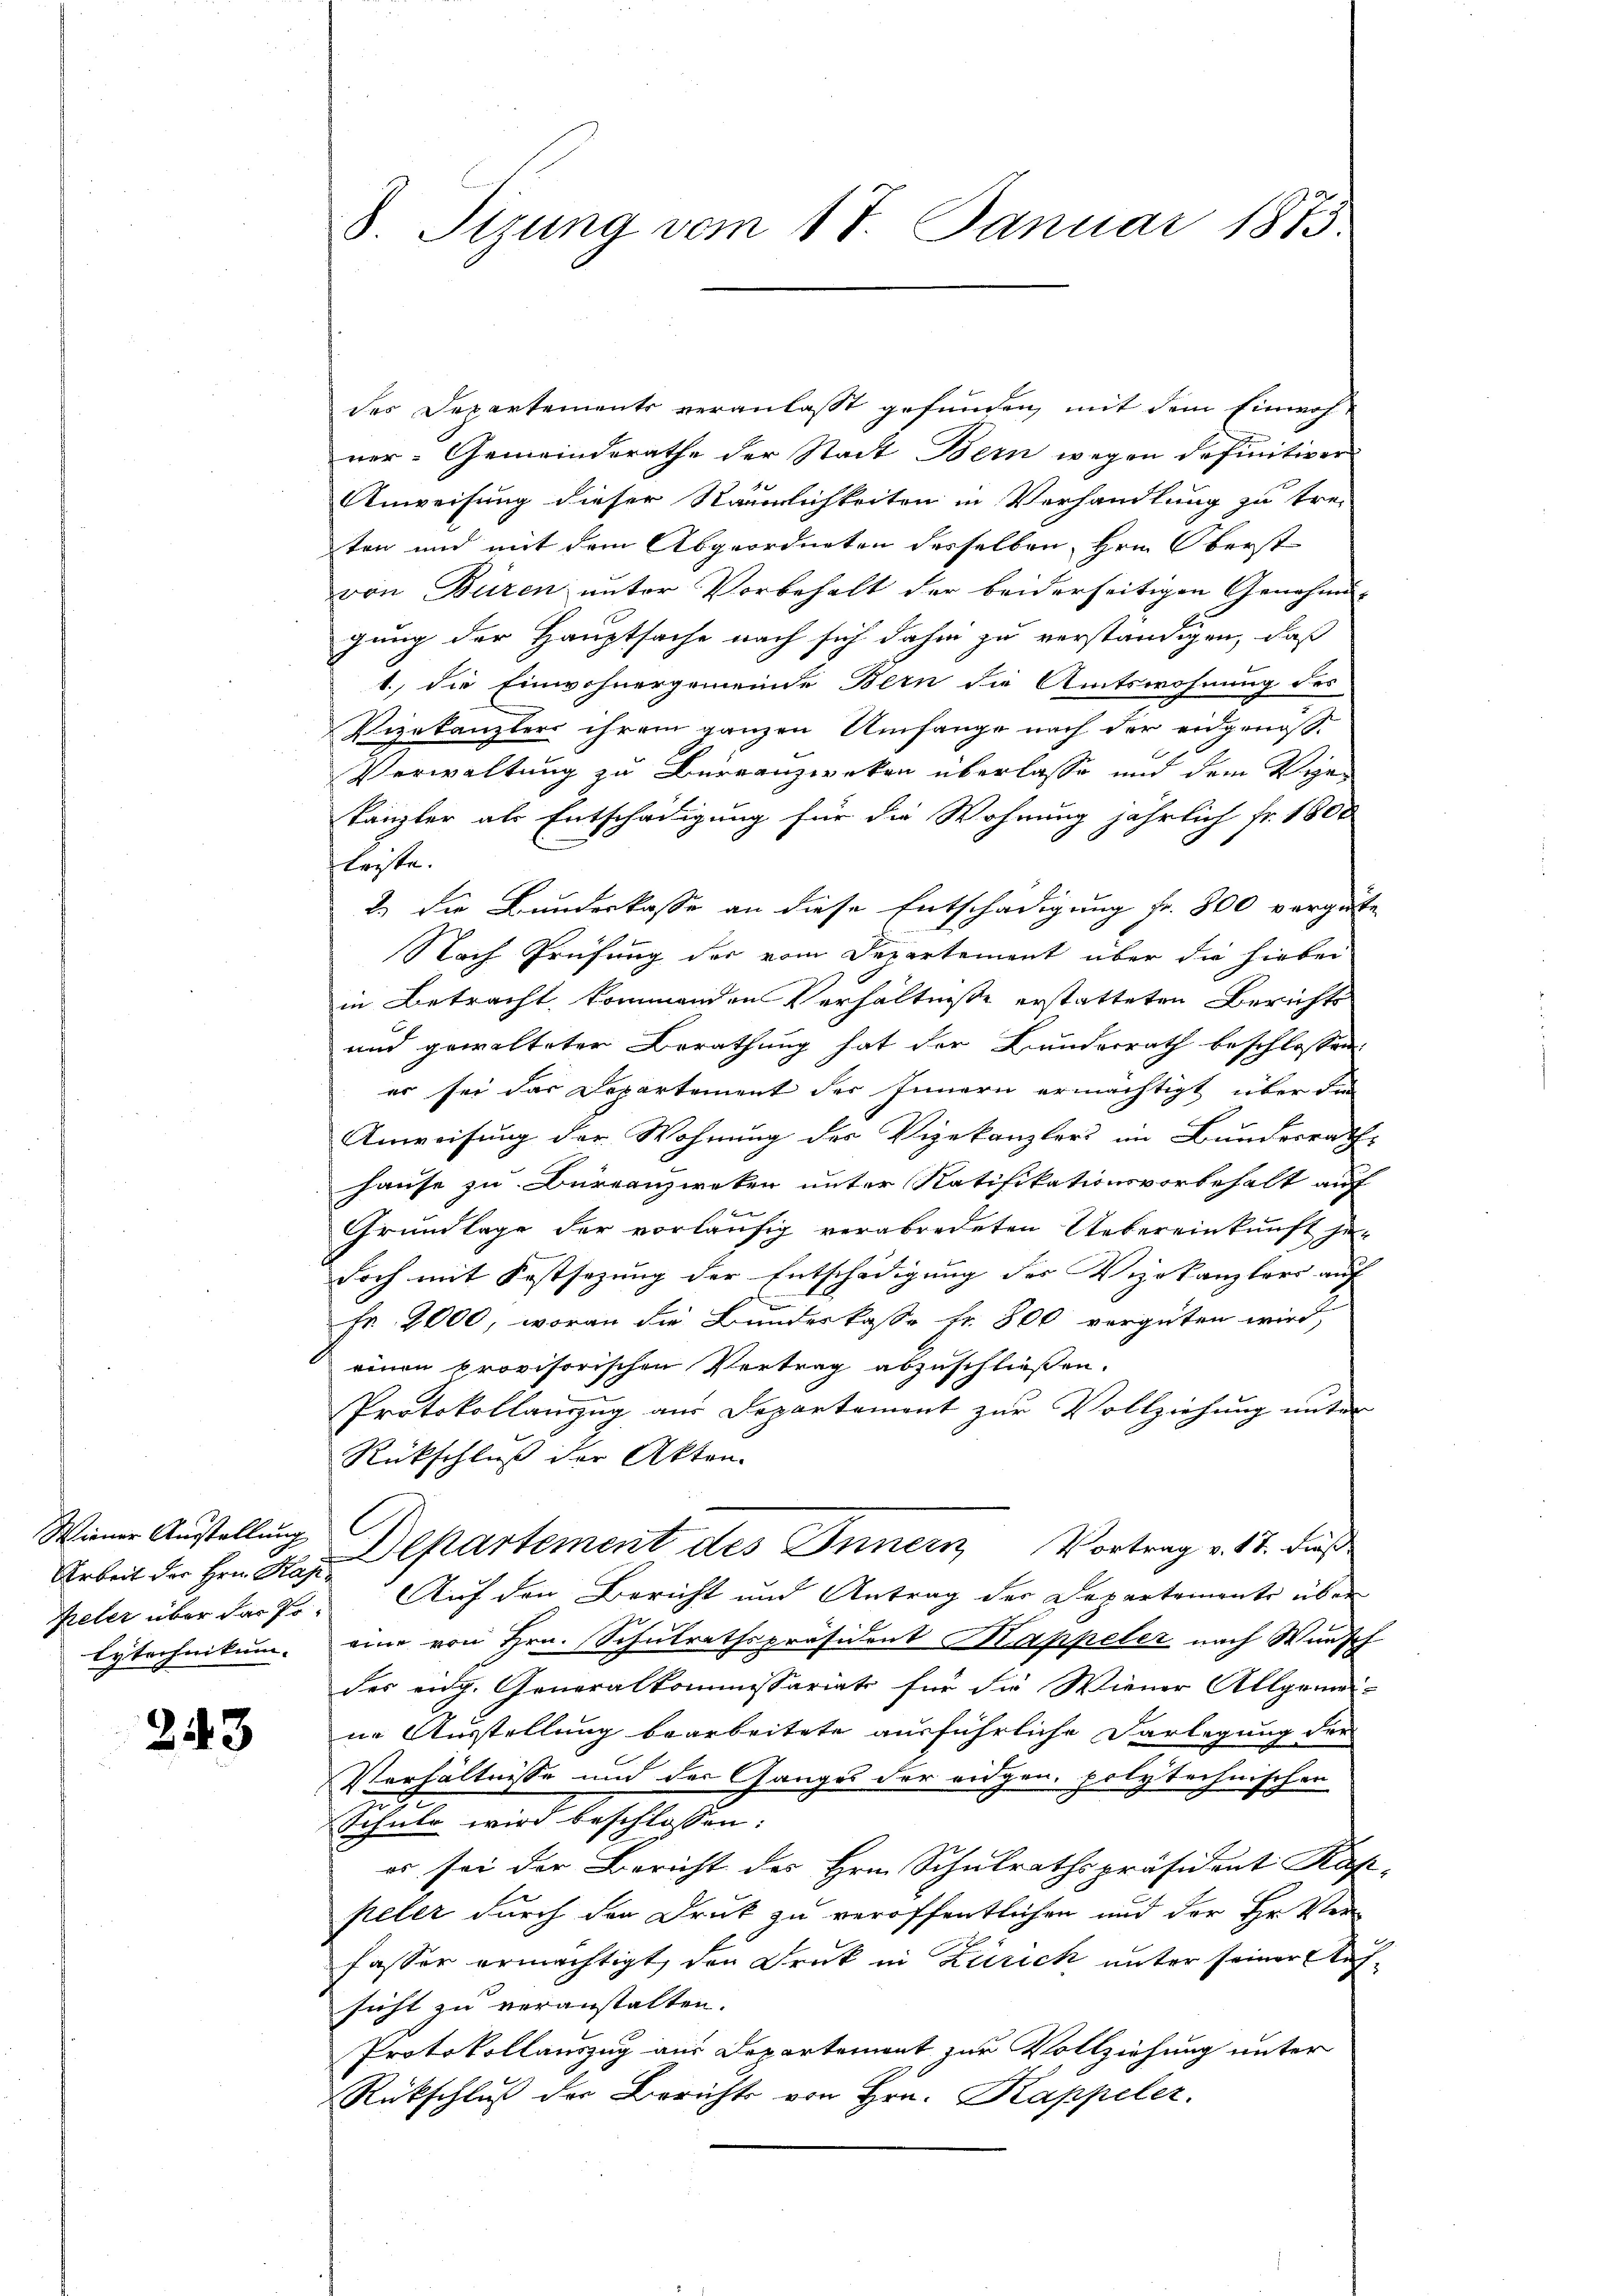
Wiener Austellung
Arbeit der Hrn. Kajelytechnikum.

2443

des Departements veranlasst gefunden, mit dem Einwohner-Gemeinderathe der Stadt Bern wegen definitiver
Anweisung dieser Räumlichkeiten in Verhandlung zu tre-
ten und mit dem Abgeordneten desselben, Hrn. Oberst
von Büren unter Vorbehalt der beiderseitigen Genehmi-
gung der Hauptsache nach sich dahin zu verständigen, daß
1., die Einwohnergemeinde Bern die Amtswohnung des
Vizekanzlers ihrem ganzen Umfange nach der eidgenöß¬
Verwaltung zu Burranzwerken überlasse und dem Ver-
kanzler als Entschädigung für die Wohnung jährlich fr. 1800
leiste.
2.) Die Bundeskasse an diese Entschädigung fr. 800 vergüte
Nach Prüfung des vom Departement über die hiebei
in Betracht kommenden Verhältnisse erstatteten Berichts
und gewalteter Berathung hat der Bunderrath beschlossen
er sei das Departement der Innern ermächtigt, über die
Anweisung der Wohnung des Vigekanzlers im Bundesrath
hause zu Bureauzweken unter Ratifikationsvorbehalt auf
Grundlage der vorläufig verabredeten Uebereinkunft je-
doch mit Festsezung der Entschädigung des Vizekanzlers auf
Fr. 2000, woran die Bundeskasse Fr. 800 vergüten wird,
einen provisorischen Vertrag abzuschliessen.
Protokollanzzug aus Departement zur Vollziehung unter
Rückschluß der Akten.
Departement des Innern Vortrag v. 18. dieß
Peler über dar 9. Auf den Bericht und Antrag der Departemente über
eine von Hrn. Schulrathspräsident Kappeler nach Wunsch
des eidg. Generalkommissariats für die Wiener Allgemei-
ne Ausstellung bearbeitete ausführliche Darlegung der
Verhältnisse und der Ganges der eidgen, polytechnischen
e
Schule wird beschlossen:
es sei der Bericht des Hrn. Schulrathspräsident Kap
peler durch den Druk zu veröffentlichen und der Hr. Ver
fasser ermächtigt, den Druck in Zürich unter seiner Aufsicht zu veranstalten.
Protokollauszug aus Departemont zur Vollziehung unter
Rückschluß der Berichts von Hrn. Kappeler.

S. Tizung vom 17. Januar 1873.